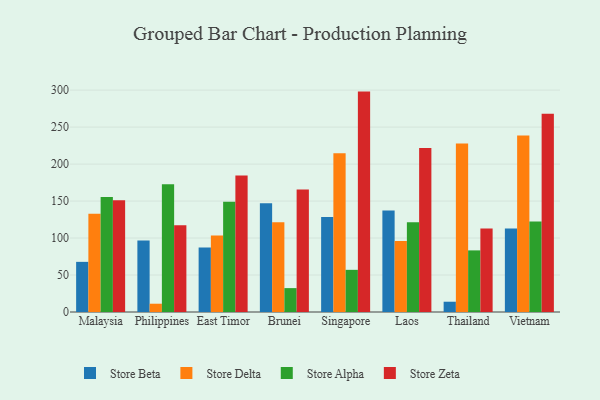
{"axis": {"x": "Country", "y": "Website Visitors"}, "legend": ["Store Alpha", "Store Beta", "Store Delta", "Store Zeta"], "data": [{"x": "Malaysia", "y": 67.8, "type": "Store Beta"}, {"x": "Malaysia", "y": 132.7, "type": "Store Delta"}, {"x": "Malaysia", "y": 155.4, "type": "Store Alpha"}, {"x": "Malaysia", "y": 151.2, "type": "Store Zeta"}, {"x": "Philippines", "y": 96.6, "type": "Store Beta"}, {"x": "Philippines", "y": 11.2, "type": "Store Delta"}, {"x": "Philippines", "y": 172.7, "type": "Store Alpha"}, {"x": "Philippines", "y": 117.2, "type": "Store Zeta"}, {"x": "East Timor", "y": 87.3, "type": "Store Beta"}, {"x": "East Timor", "y": 103.4, "type": "Store Delta"}, {"x": "East Timor", "y": 148.9, "type": "Store Alpha"}, {"x": "East Timor", "y": 184.4, "type": "Store Zeta"}, {"x": "Brunei", "y": 146.9, "type": "Store Beta"}, {"x": "Brunei", "y": 121.3, "type": "Store Delta"}, {"x": "Brunei", "y": 32.3, "type": "Store Alpha"}, {"x": "Brunei", "y": 165.7, "type": "Store Zeta"}, {"x": "Singapore", "y": 128.4, "type": "Store Beta"}, {"x": "Singapore", "y": 214.5, "type": "Store Delta"}, {"x": "Singapore", "y": 57.0, "type": "Store Alpha"}, {"x": "Singapore", "y": 298.0, "type": "Store Zeta"}, {"x": "Laos", "y": 137.1, "type": "Store Beta"}, {"x": "Laos", "y": 96.1, "type": "Store Delta"}, {"x": "Laos", "y": 121.5, "type": "Store Alpha"}, {"x": "Laos", "y": 221.8, "type": "Store Zeta"}, {"x": "Thailand", "y": 13.9, "type": "Store Beta"}, {"x": "Thailand", "y": 227.9, "type": "Store Delta"}, {"x": "Thailand", "y": 83.3, "type": "Store Alpha"}, {"x": "Thailand", "y": 112.9, "type": "Store Zeta"}, {"x": "Vietnam", "y": 112.9, "type": "Store Beta"}, {"x": "Vietnam", "y": 238.5, "type": "Store Delta"}, {"x": "Vietnam", "y": 122.2, "type": "Store Alpha"}, {"x": "Vietnam", "y": 268.1, "type": "Store Zeta"}]}